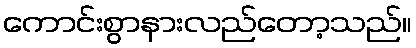
ကောင်းစွာနားလည်တော့သည်။